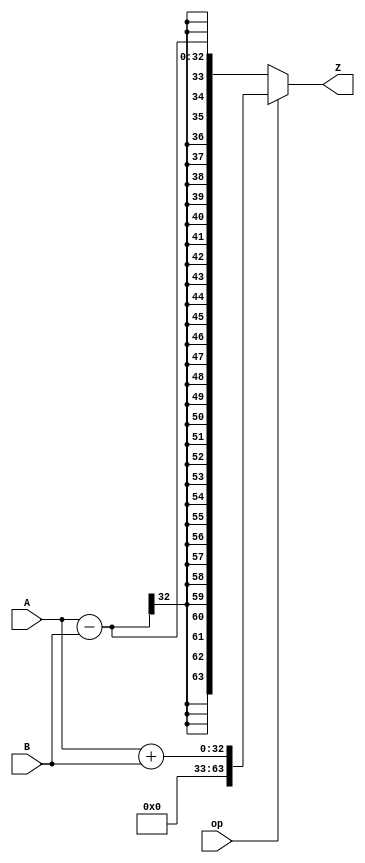
module add_sub(
	input wire [31:0]		A, B,
	input wire				op,
	output wire [63:0]	Z
);
	assign Z = (op == 1) ? A+B : A-B;
endmodule